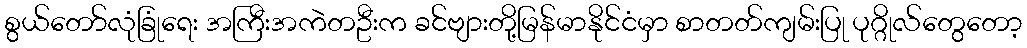
စွယ်တော်လုံခြုံရေး အကြီးအကဲတဦးက ခင်ဗျားတို့မြန်မာနိုင်ငံမှာ စာတတ်ကျမ်းပြု ပုဂ္ဂိုလ်တွေတော့